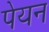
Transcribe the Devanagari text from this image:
पेयन